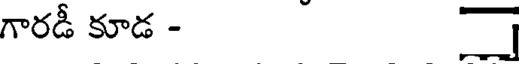
గారడీ కూడ -